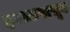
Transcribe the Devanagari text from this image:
इराकपासून